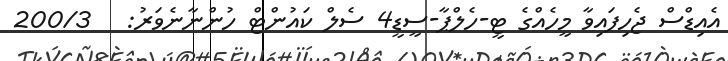
އެއިޑްސް ޖެހިފައިވާ މީހެއްގެ ޓީ-ހެލްޕާ-ސީޑީ4 ސެލް ކައުންޓް ހުންނާނެވަރު:   200/3